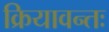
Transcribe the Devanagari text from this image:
क्रियावन्तः